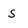
Character: S